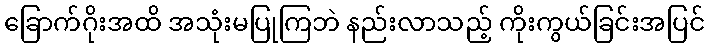
ခြောက်ဂိုးအထိ အသုံးမပြုကြဘဲ နည်းလာသည့် ကိုးကွယ်ခြင်းအပြင်